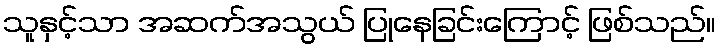
သူနှင့်သာ အဆက်အသွယ် ပြုနေခြင်းကြောင့် ဖြစ်သည်။